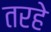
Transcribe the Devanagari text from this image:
तरहे